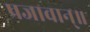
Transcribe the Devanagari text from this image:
प्रजावान्॥